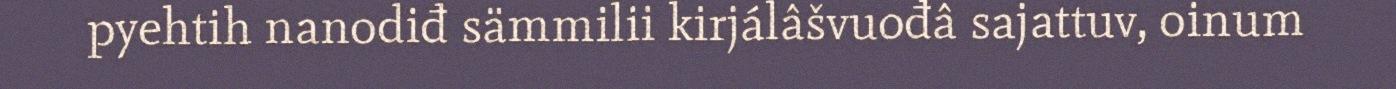
pyehtih nanodiđ sämmilii kirjálâšvuođâ sajattuv, oinum